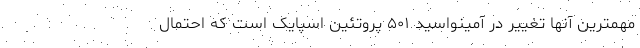
مهمترین آنها تغییر در آمینواسید ۵۰۱ پروتئین اسپایک است که احتمال